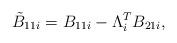
LaTeX: \begin{align*}\tilde{B}_{11i}=B_{11i}-\Lambda^T_{i} B_{21i},\end{align*}